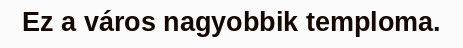
Ez a város nagyobbik temploma.